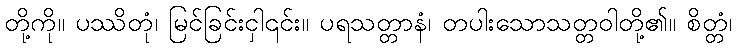
တို့ကို။ ပဿိတုံ၊ မြင်ခြင်းငှါ၎င်း။ ပရသတ္တာနံ၊ တပါးသောသတ္တဝါတို့၏။ စိတ္တံ၊